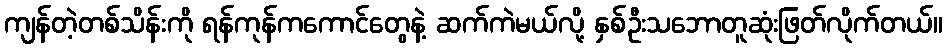
ကျန်တဲ့တစ်သိန်းကို ရန်ကုန်ကကောင်တွေနဲ့ ဆက်ကဲမယ်လို့ နှစ်ဦးသဘောတူဆုံးဖြတ်လိုက်တယ်။